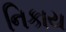
નિકાય